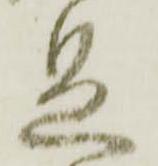
足